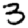
Digit: 3